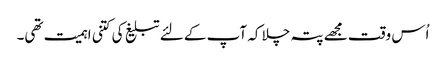
اُس وقت مجھے پتہ چلا کہ آپ کے لئے تبلیغ کی کتنی اہمیت تھی۔